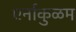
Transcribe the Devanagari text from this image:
एर्नाकुळम